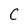
Character: C